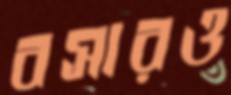
বসারও